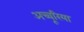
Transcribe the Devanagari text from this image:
अच्चूरिया